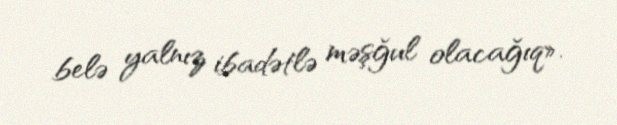
belə yalnız ibadətlə məşğul olacağıq».